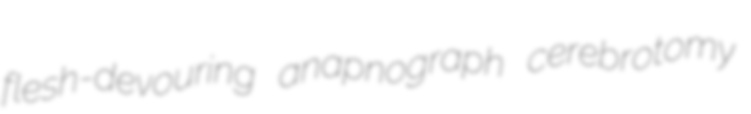
flesh-devouring anapnograph cerebrotomy